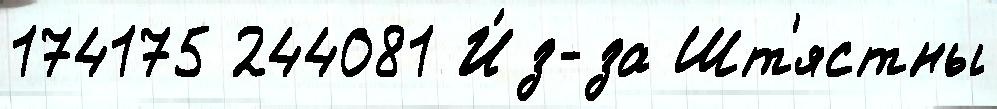
174175 244081 И́з-за Шт'ястны